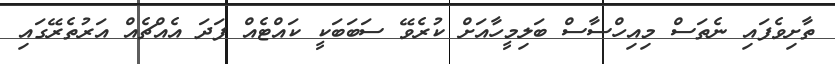
ތާށިވެފައި ނެތަސް މިއިހްސާސް ބަލިމީހާއަށް ކުރެވޭ ސަބަބަކީ ކައްޓެއް ފަދަ އެއްޗެއް އަރުތެރޭގައި